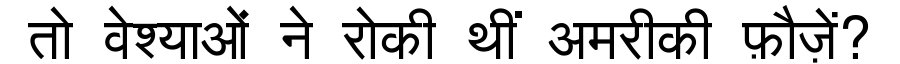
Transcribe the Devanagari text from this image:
तो वेश्याओं ने रोकी थीं अमरीकी फ़ौज़ें?